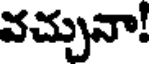
వచ్చునా!